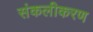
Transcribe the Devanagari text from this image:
संकलीकरण